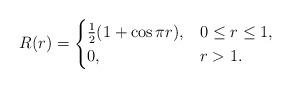
LaTeX: \begin{align*}R(r)=\begin{cases}\frac{1}{2}(1+ \cos \pi r ), & 0 \leq r \leq 1, \\0, & r>1.\end{cases}\end{align*}